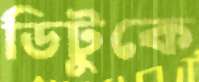
ডিটুকে